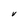
Character: V